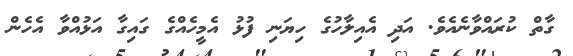
ގާތް ކުރައްވާނެއެވެ. އަދި އެއިލާހުގެ ހިޔަނި ފުޅު އެމީހެއްގެ ގައިގާ އަޅުއްވާ އެހެން